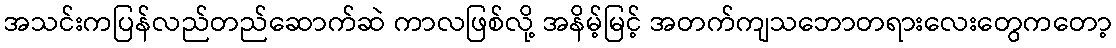
အသင်းကပြန်လည်တည်ဆောက်ဆဲ ကာလဖြစ်လို့ အနိမ့်မြင့် အတက်ကျသဘောတရားလေးတွေကတော့